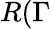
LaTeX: R(\Gamma